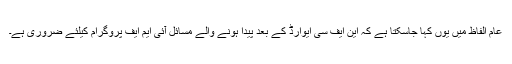
عام الفاظ میں یوں کہا جاسکتا ہے کہ این ایف سی ایوارڈ کے بعد پیدا ہونے والے مسائل آئی ایم ایف پروگرام کیلئے ضروری ہے۔